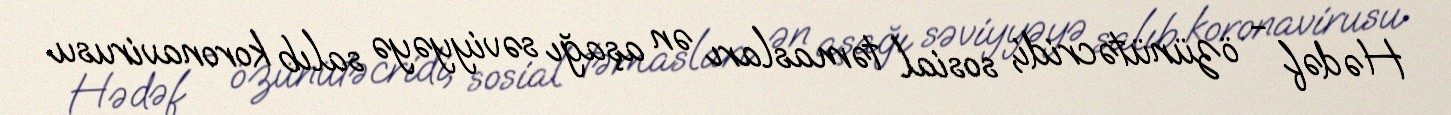
Hədəf - özünütəcridi, sosial təmasları ən aşağı səviyyəyə salıb koronavirusu